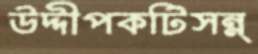
উদ্দীপকটিসন্ন্